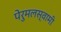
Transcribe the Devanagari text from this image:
पेरुमलस्वामी